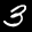
Label: 3